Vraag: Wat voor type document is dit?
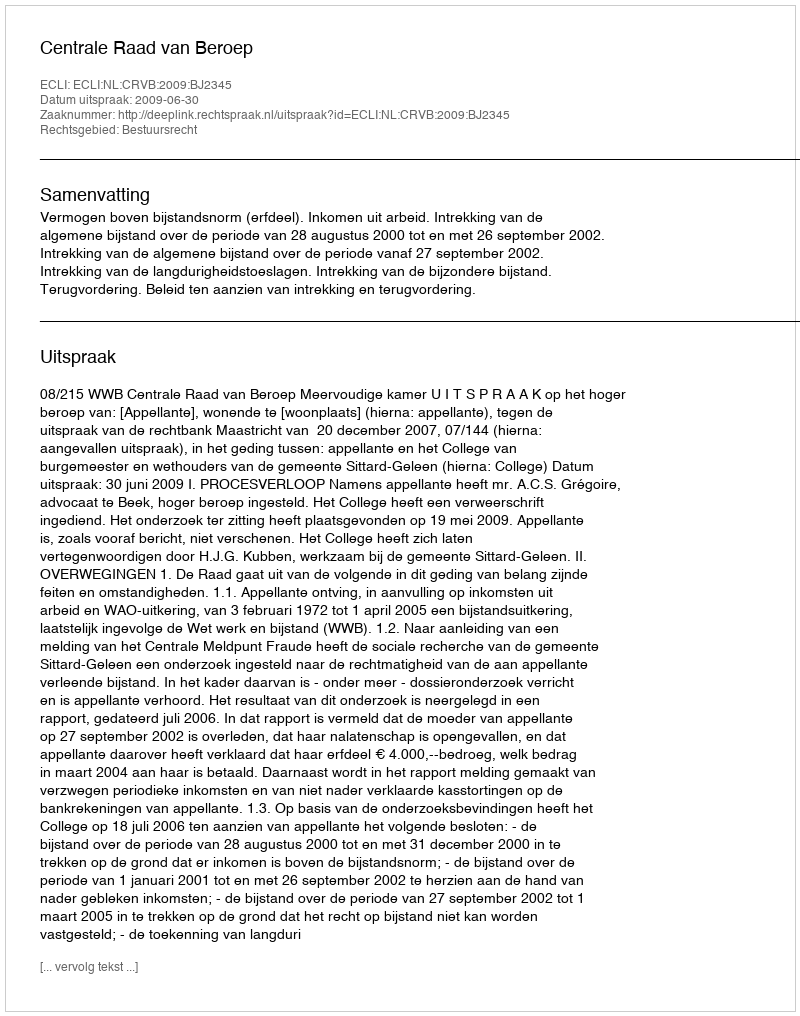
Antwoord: Uitspraak